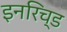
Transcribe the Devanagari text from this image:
इनरिच्ड